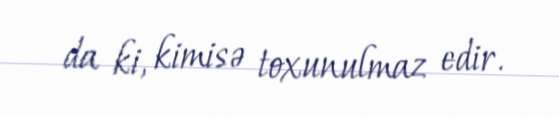
da ki, kimisə toxunulmaz edir.